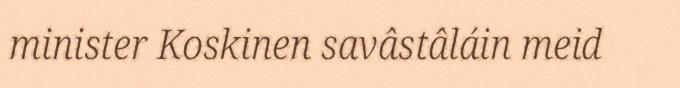
minister Koskinen savâstâláin meid